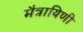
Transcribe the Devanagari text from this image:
मैत्रायिणी